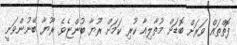
ފޮތްތައް ވަރަށް ބޮޑަށް މުތާލިއާ ކުރި ކަމަށް ރޫޔާ ބުންޏެވެ. ރޫޔާ ބޭނުންވަނީ